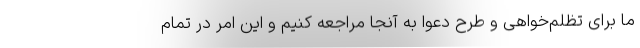
ما برای تظلم‌خواهی و طرح دعوا به آنجا مراجعه کنیم و این امر در تمام